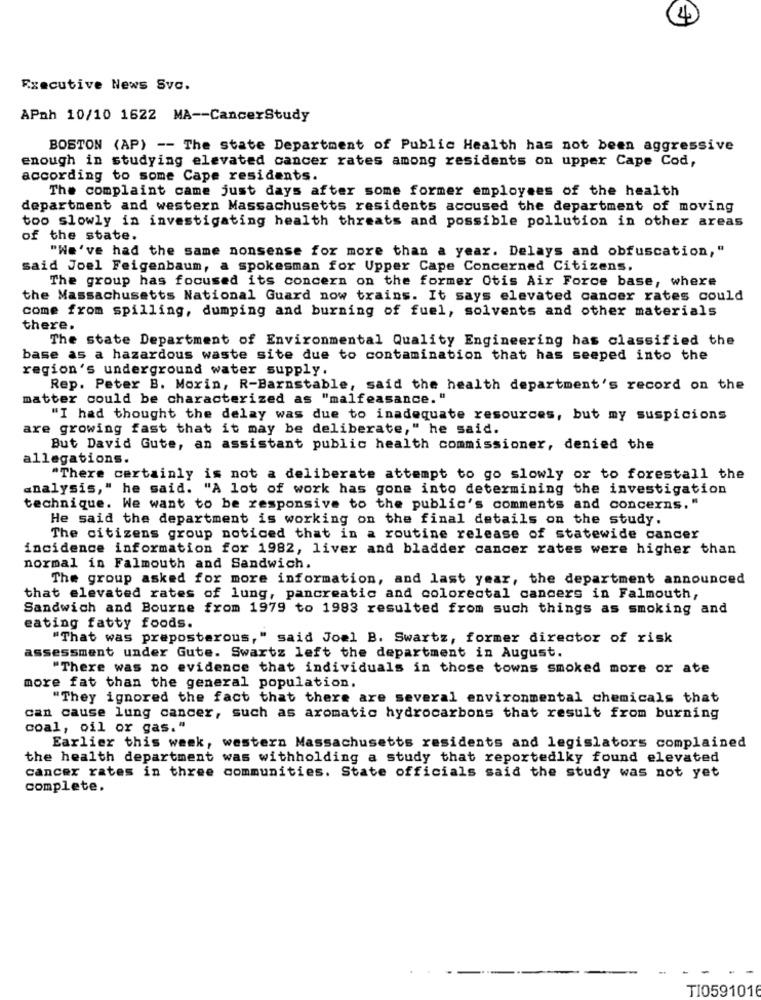
4
Executive News Svc.
APnh 10/10 1622 MA -- CancerStudy
BOSTON (AP) -- The state Department of Public Health has not been aggressive
enough in studying elevated cancer rates among residents on upper Cape Cod,
according to some Cape residents.
The complaint came just days after some former employees of the health
department and western Massachusetts residents accused the department of moving
too slowly in investigating health threats and possible pollution in other areas
of the state.
"We've had the same nonsense for more than a year. Delays and obfuscation,"
said Joel Feigenbaum, a spokesman for Upper Cape Concerned Citizens.
The group has focused its concern on the former Otis Air Force base, where
the Massachusetts National Guard now trains. It says elevated cancer rates could
come from spilling, dumping and burning of fuel, solvents and other materials
there.
The state Department of Environmental Quality Engineering has classified the
base as a hazardous waste site due to contamination that has seeped into the
region's underground water supply.
Rep. Peter B. Morin, R-Barnstable, said the health department's record on the
matter could be characterized as "malfeasance. "
"I had thought the delay was due to inadequate resources, but my suspicions
are growing fast that it may be deliberate," he said.
But David Gute, an assistant public health commissioner, denied the
allegations.
"There certainly is not a deliberate attempt to go slowly or to forestall the
analysis," he said. "A lot of work has gone into determining the investigation
technique. We want to be responsive to the public's comments and concerns, "
He said the department is working on the final details on the study.
The citizens group noticed that in a routine release of statewide cancer
incidence information for 1982, liver and bladder cancer rates were higher than
normal in Falmouth and Sandwich.
The group asked for more information, and last year, the department announced
that elevated rates of lung, pancreatic and colorectal cancers in Falmouth,
Sandwich and Bourne from 1979 to 1993 resulted from such things as smoking and
eating fatty foods.
"That was preposterous," said Joel B. Swartz, former director of risk
assessment under Gute. Swartz left the department in August.
"There was no evidence that individuals in those towns smoked more or ate
more fat than the general population.
"They ignored the fact that there are several environmental chemicals that
can cause lung cancer, such as aromatic hydrocarbons that result from burning
coal, oil or gas."
Earlier this week, western Massachusetts residents and legislators complained
the health department was withholding a study that reportedlky found elevated
cancer rates in three communities. State officials said the study was not yet
complete.
TI0591016